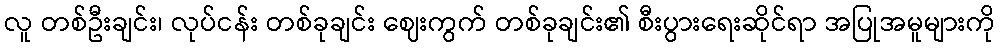
လူ တစ်ဦးချင်း၊ လုပ်ငန်း တစ်ခုချင်း ဈေးကွက် တစ်ခုချင်း၏ စီးပွားရေးဆိုင်ရာ အပြုအမူများကို